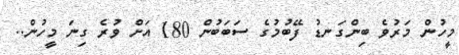
މީހުން މަރުވެ ބިންގަނޑު ފޭބުމުގެ ސަބަބުން 180 އަށް ވުރެ ގިނަ މީހުން..